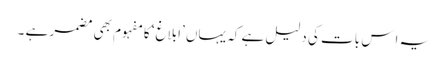
یہ اِس بات کی دلیل ہے کہ یہاں ’ابلاغ‘ کا مفہوم بھی مضمر ہے ۔